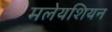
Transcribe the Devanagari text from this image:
मलेयशियन